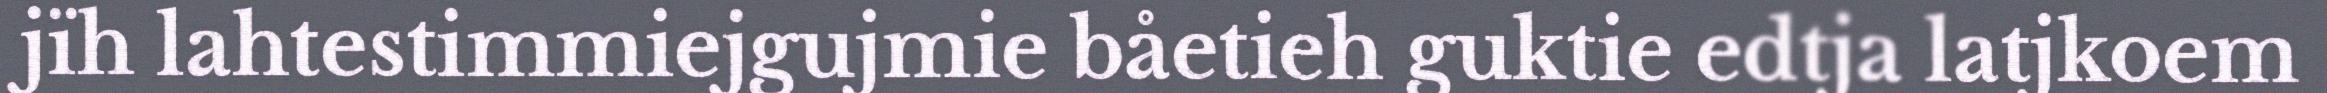
jïh lahtestimmiejgujmie båetieh guktie edtja latjkoem